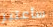
سأعتبر